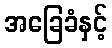
အခြေခံနှင့်